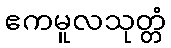
ဧကမူလသုတ္တံ